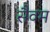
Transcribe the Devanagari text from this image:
सैवम